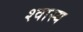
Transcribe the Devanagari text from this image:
श्वास्य